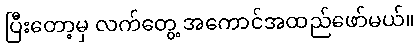
ပြီးတော့မှ လက်တွေ့ အကောင်အထည်ဖော်မယ်။